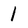
Character: l